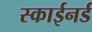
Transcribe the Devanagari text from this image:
स्काईनर्ड